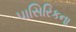
પાસિરિકના